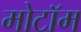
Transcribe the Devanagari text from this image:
मोटॉम